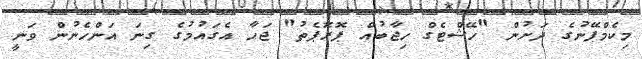
މިކެމްޕޭނުގެ ދަށުން "ހޭޝްޓެގް ހިޖާބުއް ޕޮރޮޕެތު" ޖަހާ އެގައުމުގެ ގިނަ އަންހެނުން ވަނީ